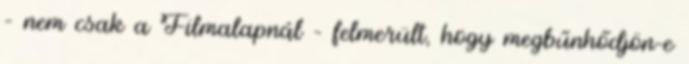
– nem csak a Filmalapnál – felmerült, hogy megbűnhődjön-e